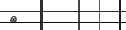
٢